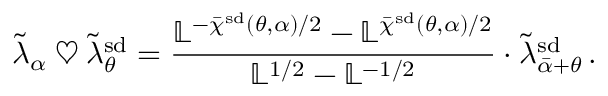
\tilde { \lambda } _ { \alpha } \mathbin { \heartsuit } \tilde { \lambda } _ { \theta } ^ { \smash { \mathrm { s d } } } = \frac { \mathbb { L } ^ { - \bar { \chi } ^ { \smash { \mathrm { s d } } } ( \theta , \alpha ) / 2 } - \mathbb { L } ^ { \bar { \chi } ^ { \smash { \mathrm { s d } } } ( \theta , \alpha ) / 2 } } { \mathbb { L } ^ { 1 / 2 } - \mathbb { L } ^ { - 1 / 2 } } \cdot \tilde { \lambda } _ { \bar { \alpha } + \theta } ^ { \smash { \mathrm { s d } } } \, .